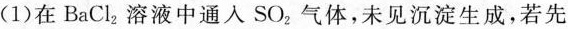
(1)在BaCl_{2|。溶液中通人SO_{2|，气体，未见沉淀生成，若先